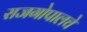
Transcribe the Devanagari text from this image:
राजगोपालचे